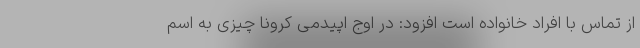
از تماس با افراد خانواده است افزود: در اوج اپیدمی کرونا چیزی به اسم